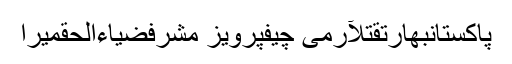
پاکستانبھارتقتلآرمی چیفپرویز مشرفضیاءالحقمیرا